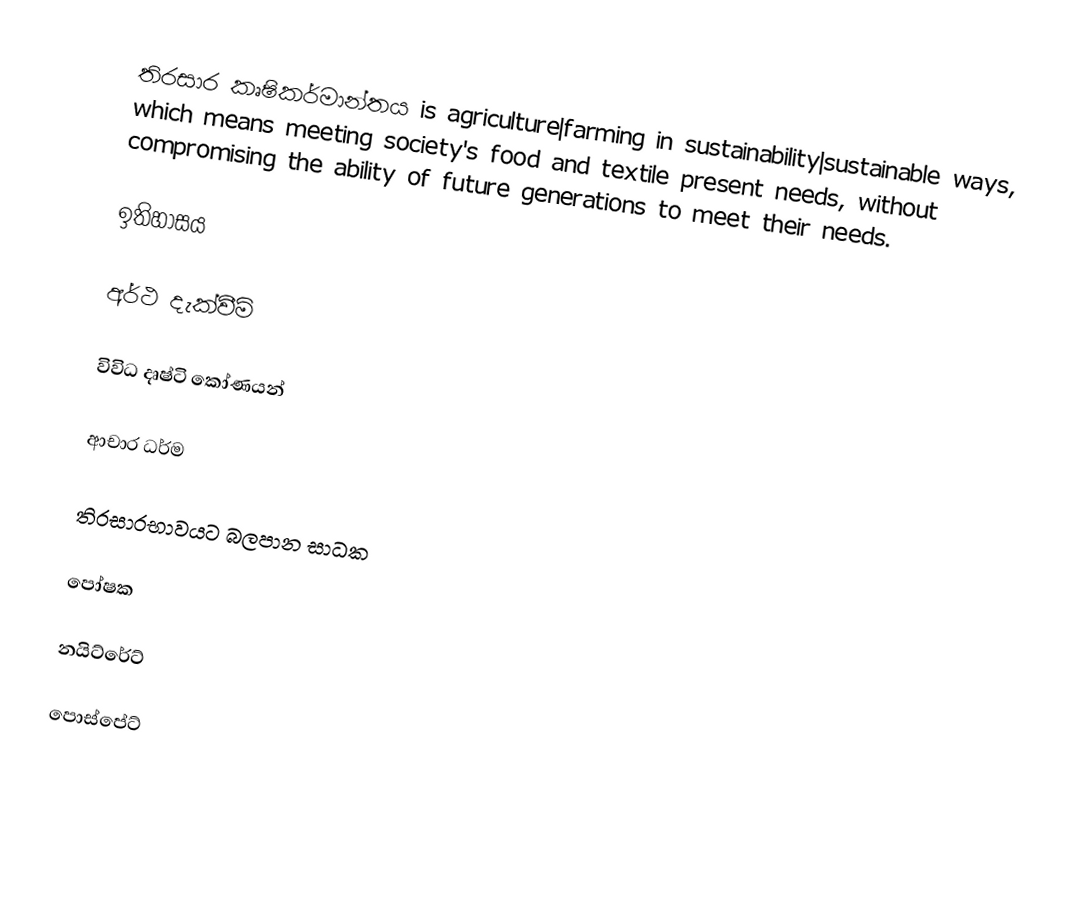
තිරසාර කෘෂිකර්මාන්තය is agriculture|farming in sustainability|sustainable ways, which means meeting society's food and textile present needs, without compromising the ability of future generations to meet their needs.

ඉතිහාසය

අර්ථ දැක්වීම්

විවිධ දෘෂ්ටි කෝණයන්

ආචාර ධර්ම

තිරසාරභාවයට බලපාන සාධක

පෝෂක

නයිට්රේට්

පොස්පේට්